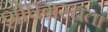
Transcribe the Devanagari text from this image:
शोषग्रस्तता